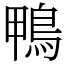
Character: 鴨